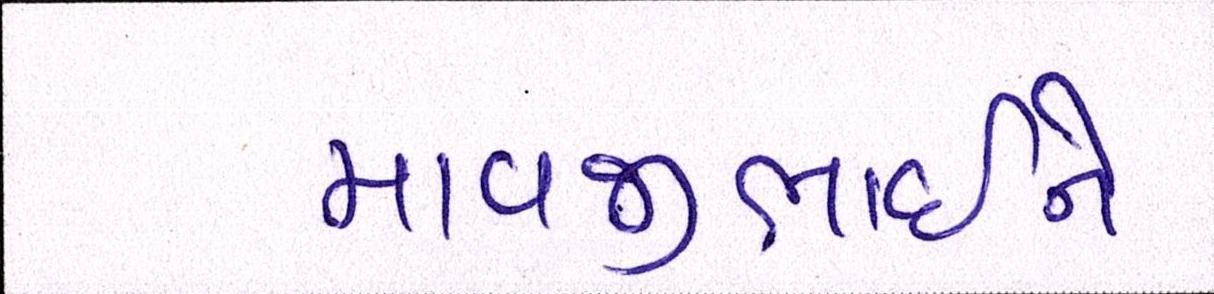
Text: માવજીભાઇને